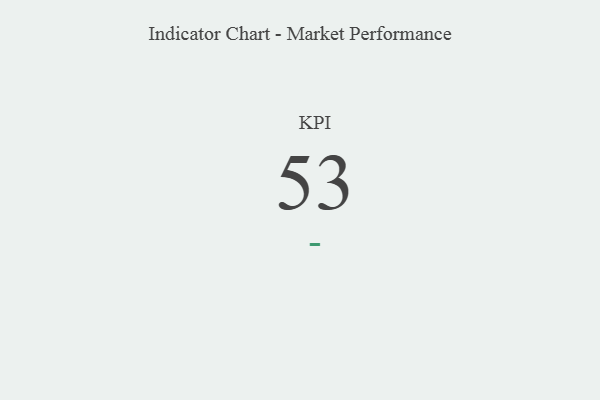
{"axis": {"x": "KPI", "y": "Value"}, "legend": [""], "data": [{"x": "KPI", "y": 53, "type": ""}]}